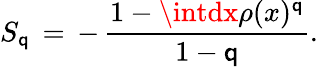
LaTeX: S_{\mathsf{q}}\, =\, -\, \frac{{1-\intdx\rho(x)^{\mathsf{q}}}}{{1-\mathsf{q}}}.